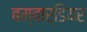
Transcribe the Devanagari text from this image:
बम्बार्डियर